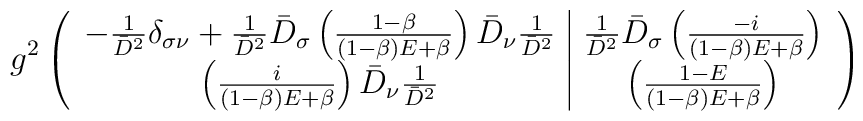
g^2\left(\begin{array}{c|c}-\frac{1}{\bar{D}^2}\delta_{\sigma\nu}+\frac{1}{\bar{D}^2}\bar{D}_\sigma\left(\frac{1-\beta}{(1-\beta)E+\beta}\right)\bar{D}_\nu\frac{1}{\bar{D}^2} & \frac{1}{\bar{D}^2}\bar{D}_\sigma\left(\frac{-i}{(1-\beta)E+\beta}\right) \\\left(\frac{i}{(1-\beta)E+\beta}\right)\bar{D}_\nu\frac{1}{\bar{D}^2} & \left(\frac{1-E}{(1-\beta)E+\beta}\right)\end{array}\right)